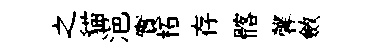
之貓浥實柘存髂馨斂